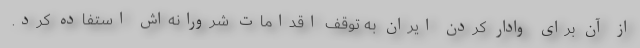
از آن برای وادار کردن ایران به توقف اقدامات شرورانه‌اش استفاده کرد.